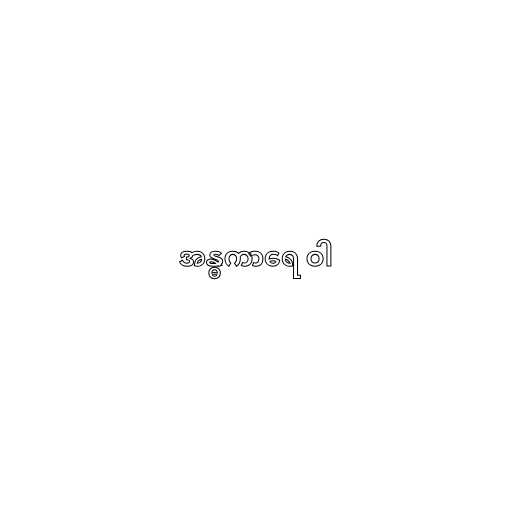
အန္ဓကာရေ ဝါ